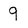
Character: 9